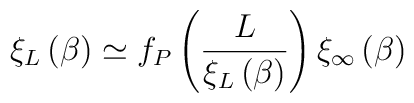
\xi _L\left( \beta \right) \simeq f_P\left( \frac{ L}{\xi _L\left(\beta \right) }\right) \xi _\infty \left( \beta \right)